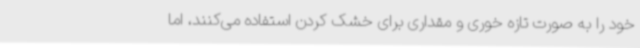
خود را به صورت تازه خوری و مقداری برای خشک کردن استفاده می‌کنند، اما